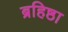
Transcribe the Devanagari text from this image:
ब्रहिष्ठा